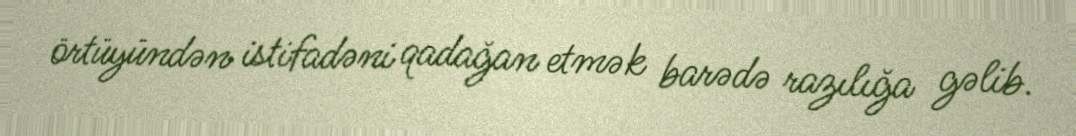
örtüyündən istifadəni qadağan etmək barədə razılığa gəlib.